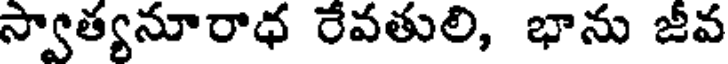
స్వాత్యనూరాధ రేవతులి, భాను జీవ